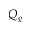
Q _ { g }